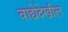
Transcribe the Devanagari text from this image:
वाद्येदेखील